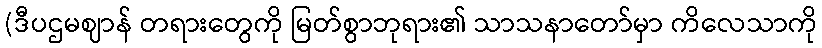
(ဒီပဌမဈာန် တရားတွေကို မြတ်စွာဘုရား၏ သာသနာတော်မှာ ကိလေသာကို